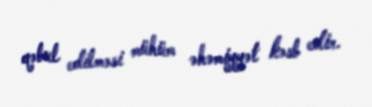
qəbul edilməsi mühüm əhəmiyyət kəsb edir.